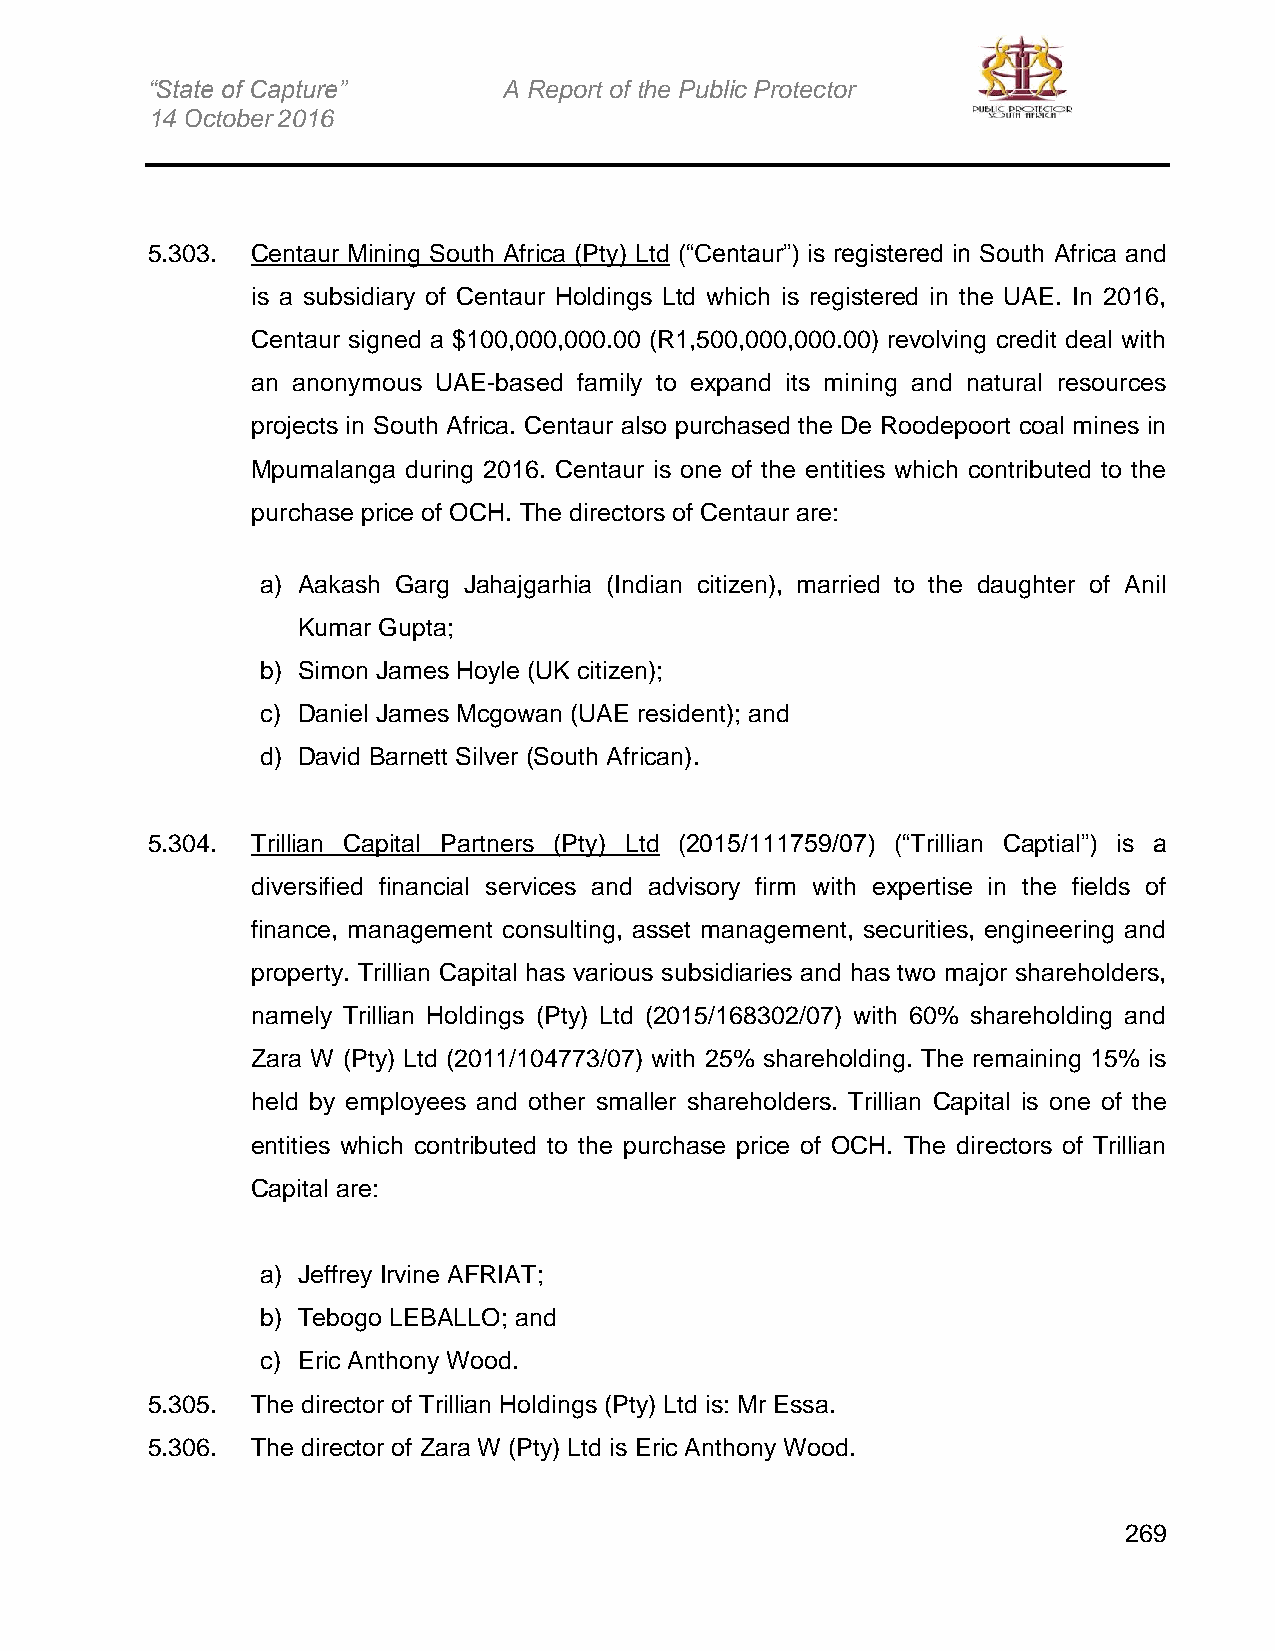
“State of Capture”     A Report of the Public Protector
 14 October 2016
 5.303. Centaur Mining South Africa (Pty) Ltd (“Centaur”) is registered in South Africa and
 is a subsidiary of Centaur Holdings Ltd which is registered in the UAE. In 2016,
 Centaur signed a $100,000,000.00 (R1,500,000,000.00) revolving credit deal with
 an anonymous UAE-based family to expand its mining and natural resources
 projects in South Africa. Centaur also purchased the De Roodepoort coal mines in
 Mpumalanga during 2016. Centaur is one of the entities which contributed to the
 purchase price of OCH. The directors of Centaur are:
 a) Aakash Garg Jahajgarhia (Indian citizen), married to the daughter of Anil
 Kumar Gupta;
 b) Simon James Hoyle (UK citizen);
 c) Daniel James Mcgowan (UAE resident); and
 d) David Barnett Silver (South African).
 5.304. Trillian Capital Partners (Pty) Ltd (2015/111759/07) (“Trillian Captial”) is a
 diversified financial services and advisory firm with expertise in the fields of
 finance, management consulting, asset management, securities, engineering and
 property. Trillian Capital has various subsidiaries and has two major shareholders,
 namely Trillian Holdings (Pty) Ltd (2015/168302/07) with 60% shareholding and
 Zara W (Pty) Ltd (2011/104773/07) with 25% shareholding. The remaining 15% is
 held by employees and other smaller shareholders. Trillian Capital is one of the
 entities which contributed to the purchase price of OCH. The directors of Trillian
 Capital are:
 a) Jeffrey Irvine AFRIAT;
 b) Tebogo LEBALLO; and
 c) Eric Anthony Wood.
 5.305. The director of Trillian Holdings (Pty) Ltd is: Mr Essa.
 5.306. The director of Zara W (Pty) Ltd is Eric Anthony Wood.
 269